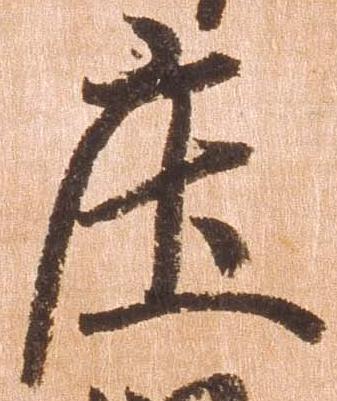
庄